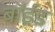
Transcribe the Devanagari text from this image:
बॉईड